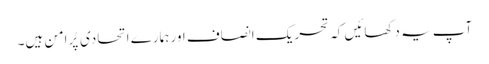
آپ یہ دکھائیں کہ تحریک انصاف اور ہمارے اتحادی پُرامن ہیں۔